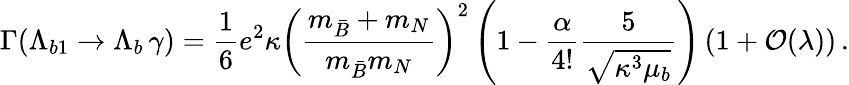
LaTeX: \Gamma(\Lambda_{b1}\to\Lambda_{b}\, \gamma)={\frac{1}{6}}e^{2}\kappa{\left(\frac{m_{\bar{B}}+m_{N}}{m_{\bar{B}}m_{N}}\right)^{2}}\left(1-{\frac{\alpha}{4!}}{\frac{5}{\sqrt{\kappa^{3}\mu_{b}}}}\right)\left(1+{\cal O}(\lambda)\right)\, .